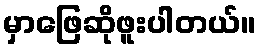
မှာဖြေဆိုဖူးပါတယ်။